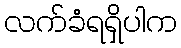
လက်ခံရရှိပါက